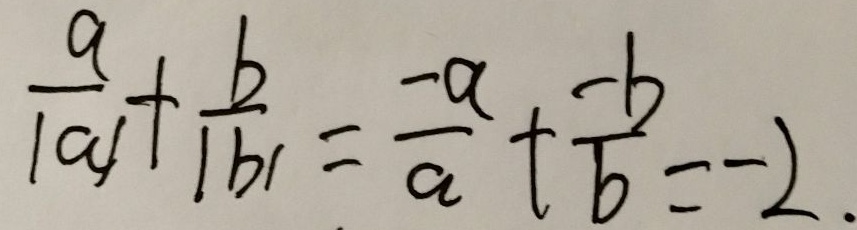
\frac { a } { \vert a \vert } + \frac { - a } { \vert b \vert } = \frac { - a } { a } + \frac { - b } { b } = - 2 .